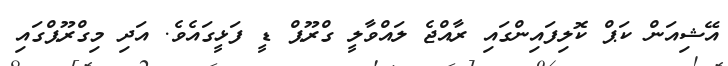
އޭޝިއަން ކަޕް ކޮލިފައިންގައި ރާއްޖެ ލައްވާލީ ގްރޫޕް ޑީ ފަޅީގައެވެ. އަދި މިގްރޫޕްގައި